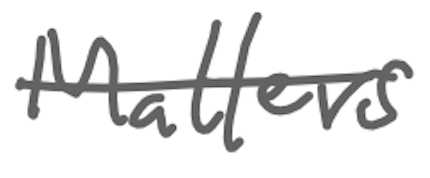
Text: Matters
Cross-out: single-line
Writing tool: digital_gray